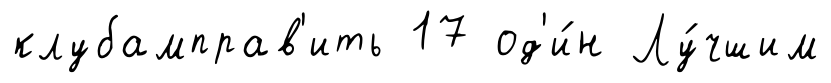
клубамправ'ить 17 од'и́н Лу́чшим